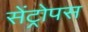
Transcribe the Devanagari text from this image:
सेंट्रोपस